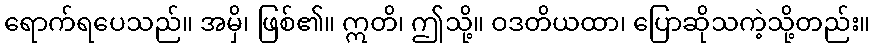
ရောက်ရပေသည်။ အမှိ၊ ဖြစ်၏။ ဣတိ၊ ဤသို့။ ဝဒတိယထာ၊ ပြောဆိုသကဲ့သို့တည်း။